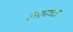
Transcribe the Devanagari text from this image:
हंसायवडा